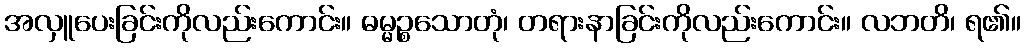
အလှူပေးခြင်းကိုလည်းကောင်း။ ဓမ္မဉ္စသောတုံ၊ တရားနာခြင်းကိုလည်းကောင်း။ လဘတိ၊ ရ၏။